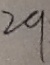
2 9